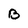
Character: B